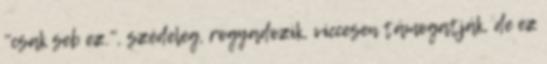
"csak seb ez.", szédeleg, rogyadozik, viccesen támogatják, de ez